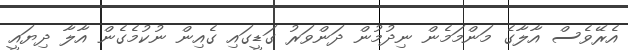
އެރޭވެސް އާލާގެ މަންމަމެން ނިދުމުން ދަންވަރު ގަޑީގައި ގެއިން ނުކުމެގެން އާލާ ދިޔައީ